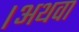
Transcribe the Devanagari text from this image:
।अथवा